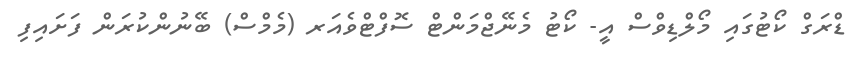
ޑްރަގް ކޯޓުގައި މޯލްޑިވްސް އީ- ކޯޓު މެނޭޖްމަންޓް ސޮފްޓްވެއަރ (މެމްސް) ބޭނުންކުރަން ފަށައިފި